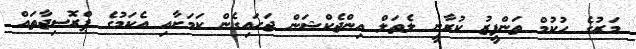
މަރުގެ ހުކުމް ތަންފީޒު ކުރާނީ ލެތަލް އިންޖެކްޝަން ޖަހައިގެން ކަމަށާއި އެކަމުގެ ޕްރޮސިޖާތައް